Indian journal of veterinary science and animal husbandry - Volumes 15-17, 1948-1951
Year: 1948
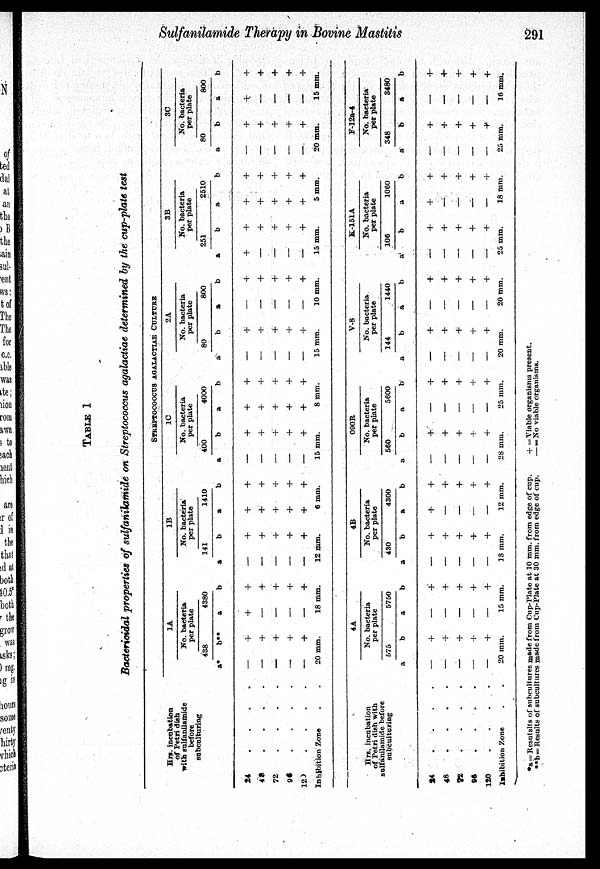
Sulfanilamide Therapy in Bovine Mastitis
291
TABLE 1
Bacterioidal properties of sulfanilamide on Streptococcus agalactiae determined by the cup-plate test
Hrs. incubation
of Petri dish
with sulfanilamide
before
subculturing
24
.
.
.
.
43
72
.
96
.
120 . . . .
Inhibition Zone
Hrs. incubation
of Petri dish with
sulfanilamide before
subculturing
14
48
. . . .
72
.
.
.
96
120 . . . ..
Inhibition Zone
STREPTOCOOCUS AGALACTIAE CULTURE
1A
No. bacteria
per plate
438
2*
—
—
—
—
—
20
b**
+
+
+
+
+
mm.
4380
a
+
—
—
—
—
18 1
4A
No. bacteria
per plate
575
a
—
—
—
—
—
b
+
+
+
+
+
20 mm.
b
+
+
+
+
+
mm.
5750
a
—
—
—
—
—
b
+
+
+
+
+
15 mm.
1B
No. bacteria
per plate
141
a
—
—
—
—
—
12
a
—
—
—
—
—
b
+
+
+
+
+
mm.
1410
a
+
+
+
+
+
6 mm
4B
No. bacteria
per plate
430
b
+
+
+
+
+
18 mm.
b
+
+
+
+
+
m.
4300
a
+
—
—
—
—
b
+
+
+
+
+
12 mm.
1C
No. bacteria
per plate
400
a
—
—
—
—
—
15
b
+
+
+
+
+
mm.
4000
a
+
+
+
+
+
8 m
090R
No. bacteria
per plate
560
a
—
—
—
—
—
b
+
+
+
+
+
28 mm.
b
+
+
+
+
+
01.
5600
a
—
—
—
—
—
b
+
+
+
+
+
25 mm.
2A
No. bacteria
per plate
80
a
—
—
—
—
—
15
a
—
—
—
—
—
b
+
+
+
+
-r
mm.
V-8
800
a
—
—
—
—
—
10 m
No. bacteria
per plate
144
b
+
+
+
+
+
20 mm.
b
+
+
+
+
+
m.
1440
a
—
—
—
—
—
b
+
+
+
+
+
20 mm.
3B
No. bacteria
per plate
251
a
+
—
—
—
—
15
a
—
—
—
—
—
b
+
+
+
+
+
mm.
2510
a
+
+
+
+
+
5 mi
K-151A
No. bacteria
per plate
106
b
+
+
+
+
+
25 mm.
b
+
+
+
+
+
n.
1060
a
+
—
—
—
—
b
+
+
+
+
+
18 mm.
3C
No. bacteria
per plate
80
a
—
—
—
—
—
20
b
+
+
+
+
+
mm.
800
a
+
—
—
—
—
15 m
F-12a-4
No. bacteria
per plate
348
a
—
—
—
—
—
b
+
+
+
+
+
25 mm.
b
+
+
+
+
+
m.
3480
a
—
—
—
—
—
b
+
+
+
+
+
16 mm.
*a=Resutslts of subcultures made from Cup-Plate at 10 mm. from edge of cup.
**b=Results of subcultures made from Cup-Plate at 30 mm. from edge of cup.
+ = Viable organisms present.
— = No viable organisms.